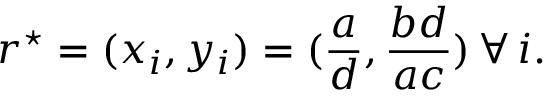
r ^ { \star } = ( x _ { i } , y _ { i } ) = ( \frac { a } { d } , \frac { b d } { a c } ) \, \forall \, i .